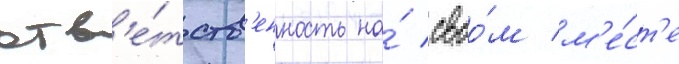
отв'е́тств'енность на́ своо́м м'е́ст'е